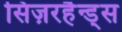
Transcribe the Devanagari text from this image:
सिज़रहैन्ड्स